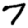
Digit: 7